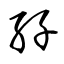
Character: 孖